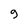
Character: 9